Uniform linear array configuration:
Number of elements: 16
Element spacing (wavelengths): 1
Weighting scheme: hamming
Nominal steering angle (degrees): -60
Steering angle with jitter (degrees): -61.519
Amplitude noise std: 0.05
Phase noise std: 0.05

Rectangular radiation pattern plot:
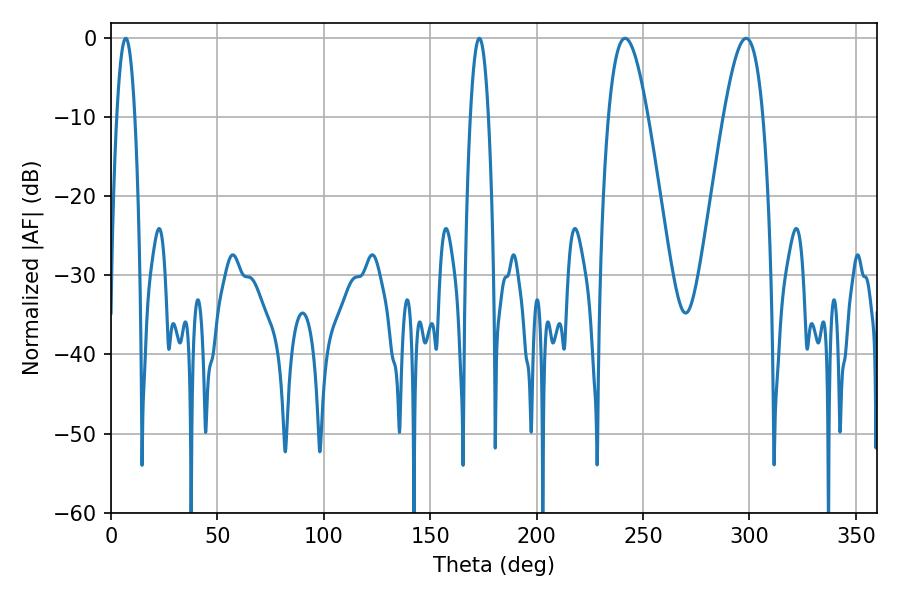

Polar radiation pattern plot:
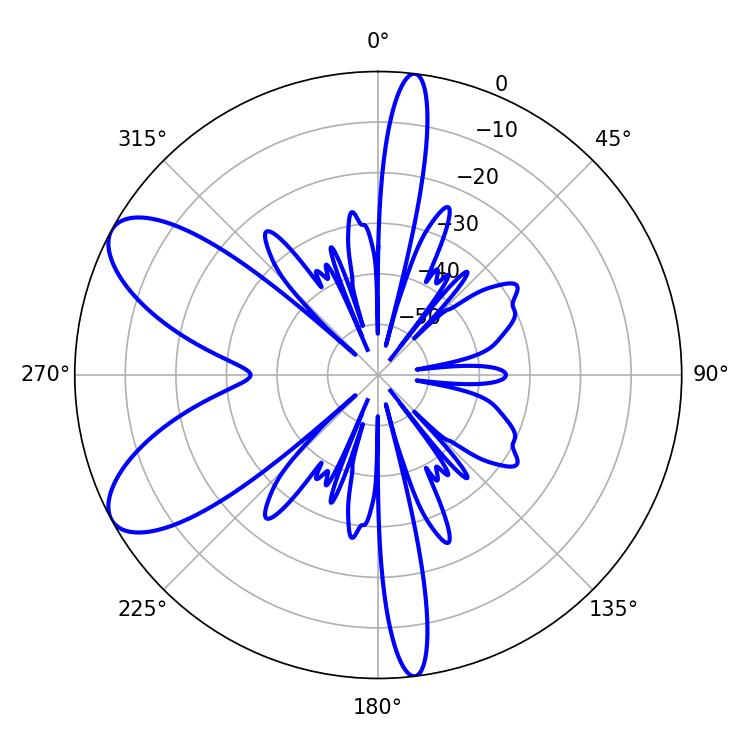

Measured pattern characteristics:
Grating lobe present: TRUE
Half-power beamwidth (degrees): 9.9
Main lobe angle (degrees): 241.56